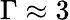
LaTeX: \Gamma\approx 3